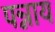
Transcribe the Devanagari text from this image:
पन्नाय